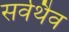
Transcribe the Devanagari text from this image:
सर्वथैव